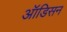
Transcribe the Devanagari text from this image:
ऑडिसन